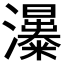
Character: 𤄗